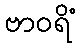
ဗာဝရိံ